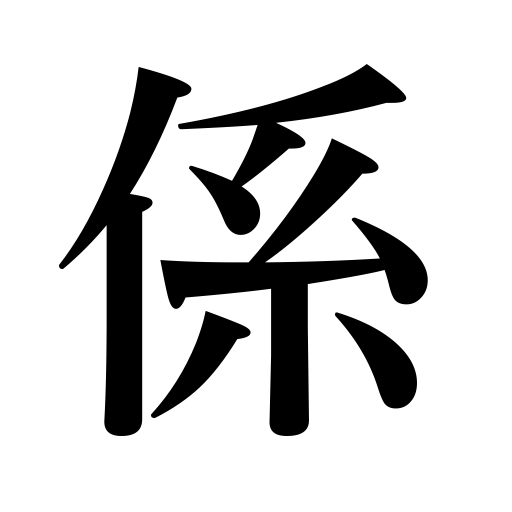
Meanings: person in charge,is the work of,duty